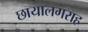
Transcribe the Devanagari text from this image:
छायालगराह